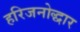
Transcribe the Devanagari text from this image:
हरिजनोद्धार